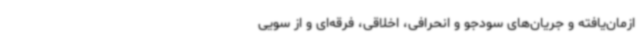
ازمان‌یافته و جریان‌های سودجو و انحرافی، اخلاقی، فرقه‌ای و از سویی